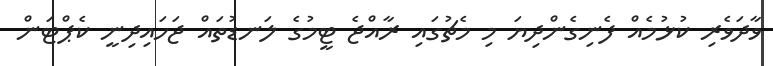
ވާދަވެރި ކުޅުމެއް ފެނިގެންދިޔަ މި މެޗުގައި ރާއްޖެ ޓީމުގެ ލަނޑުތައް ޖަހައިދިނީ ކެޕްޓަން